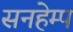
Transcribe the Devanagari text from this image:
सनहेम्प